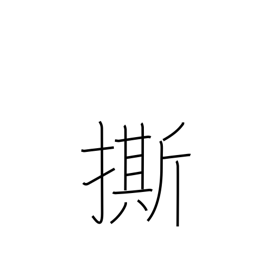
Meaning: warn against